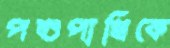
পশুপাখিকে